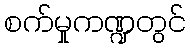
စက်မှုကဏ္ဍတွင်